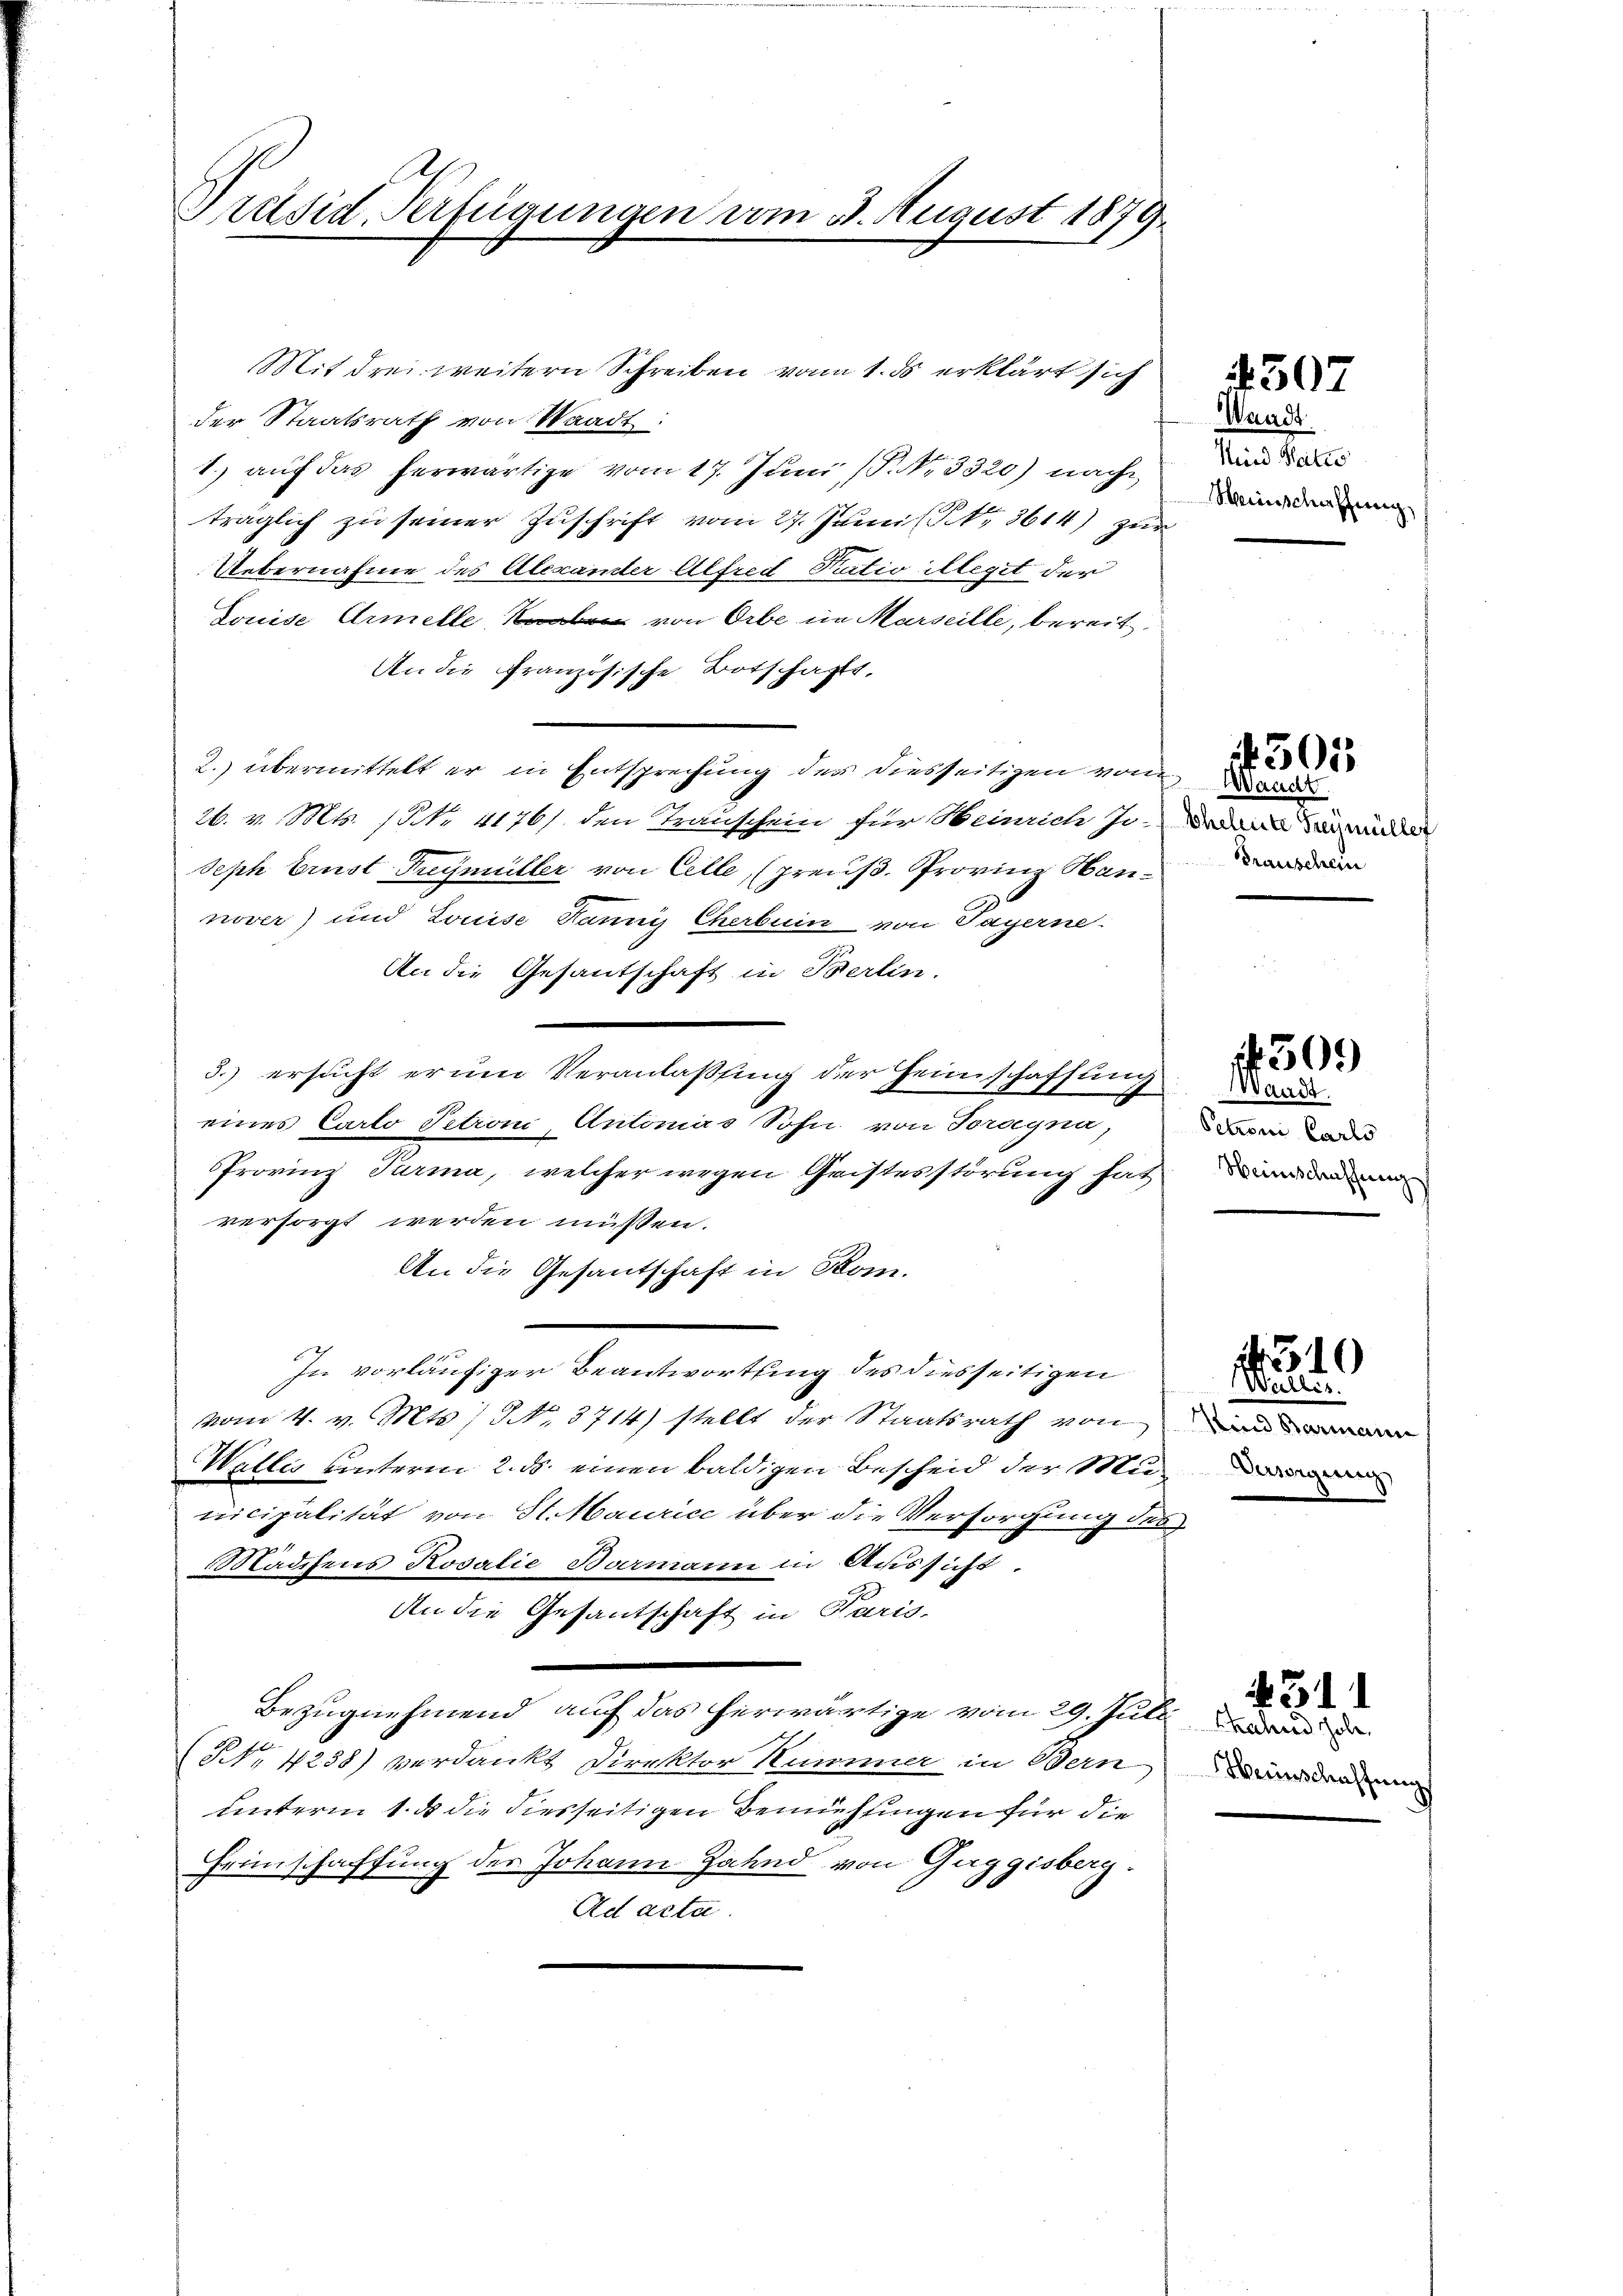
Präsid-Verfügungen vom 5. August 1879.

Mit drei weitern Schreiben von 1. ds erklärt sich
der Staatsrath von Waadt.
1. auf das herwärtige vom 17. Juni (P. Nr. 3320) nach
träglich zu seiner Zuschrift vom 27. Junii (Nr. 3614) zur
Uebernahme des Alexander Alfred Natio illegit der
Louise Armelle von Orbe in Marseille, bereit
An die Französische Botschafts,
2. übermittelt er in Entsprechung der diesseitigen vom
26. v. Mts. 1 NNo. 4176/. den Trauschein für Heinrich sodann dad
Seph Ernst dreymüller von Celle, (preuß. Provinz Han
nover) und Louise Rang Cherbuin von Payerne.
An die Gesantschaft in Berlin.
3.) ersucht erum Veranlassung der Heimschaffung
eines Carto Petroni, Autorias Sohn von Toragna,
Frovinz Turma, welcher wegen Gristesstörung hat
versorgt werden müssen.
An die Gesantschaft in Kon-
In vorläufiger Beantwortung des diesseitigen
vom 4. v. Mts. No. 3714) stellt der Staatsrath von
Wallis unterm 2. ds. einen baldigen Bescheid der Municipalität von St. Maurice über die Versorgung des
Madssens Rosalie Barmann in Aussicht.
An die Gesantschaft in Paris
Bezugnehmend auf das herwärtige vom 29. Juli dad
(NNo. 4238) verdankt Direktor Hummer in Bern
unterm 1. ds die diesseitigen Bemühlingen für die
Heimschaffung des Johann Zahnd von Guggisberg.
Ad acta.

Waadt
Wird Seites
Heinschaffung,

4507

Waadt

4501

Petroni Carls
Heimschaffung

509

Weilles.
Kind Barmann
Verweigung

310

Heinschaffung
)

231.